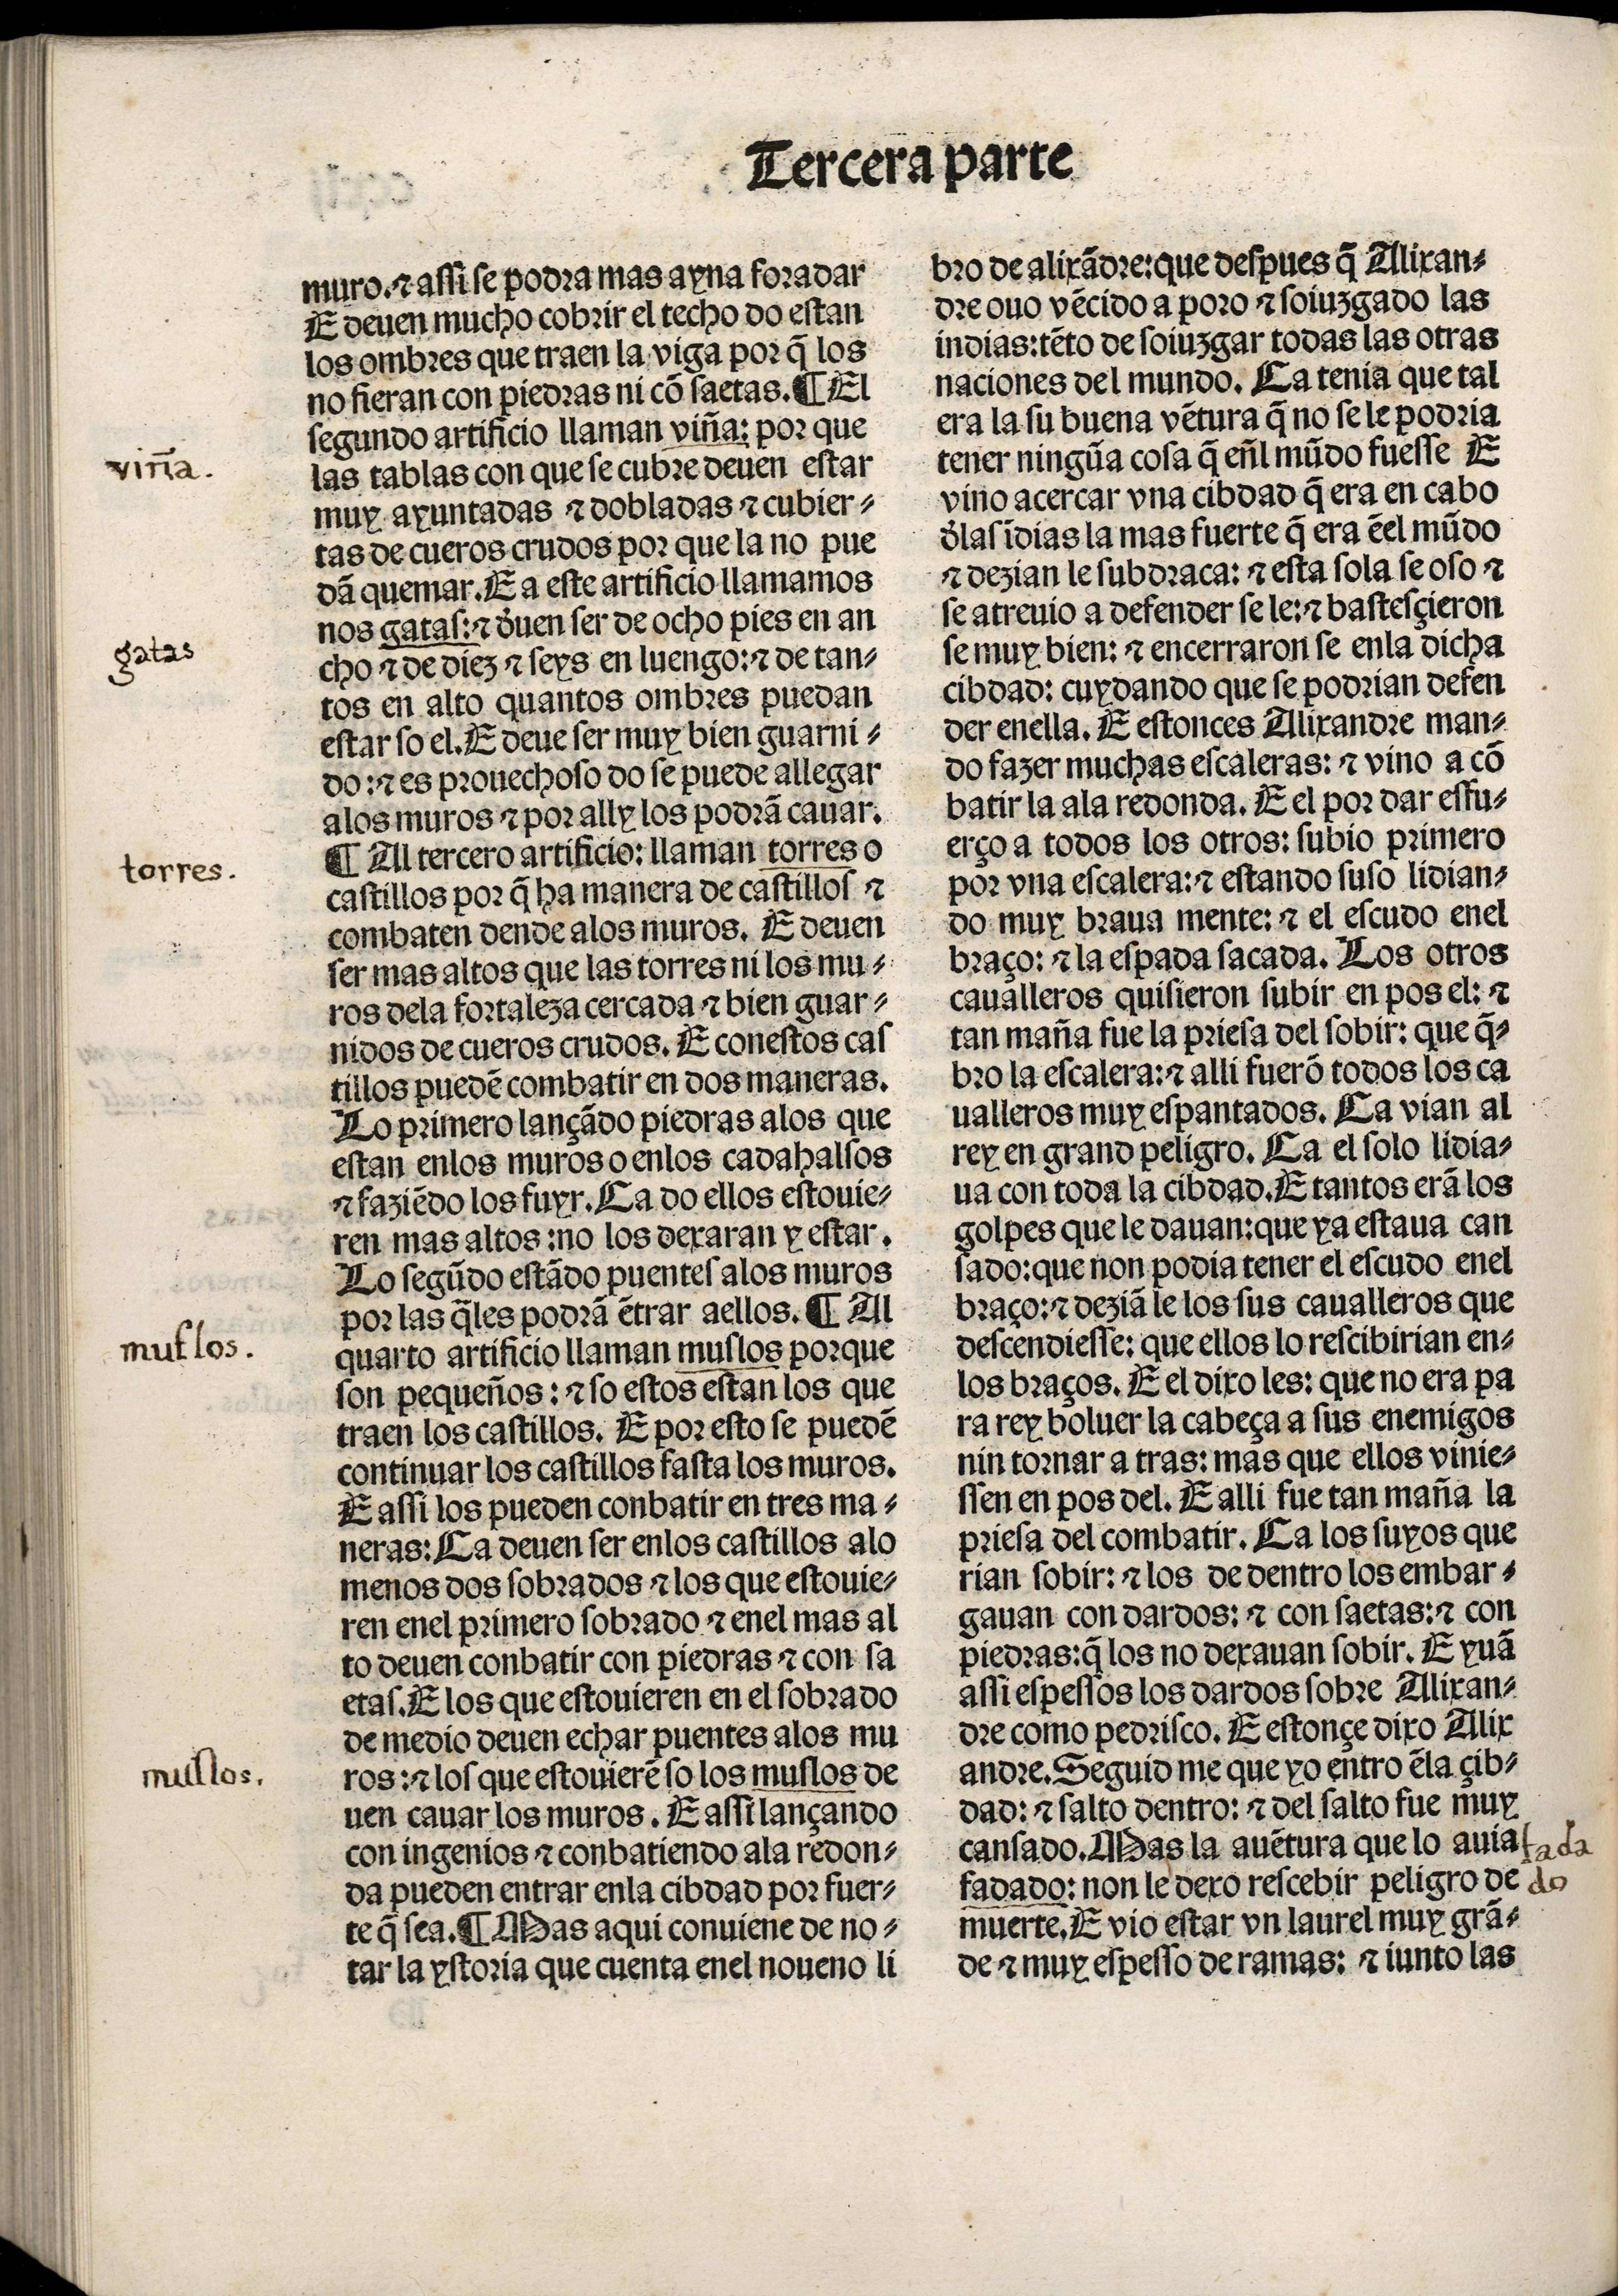
Shelfmark: Madrid, BNE, Inc. 901
Century: 15